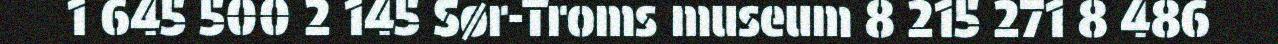
1 645 500 2 145 Sør-Troms museum 8 215 271 8 486